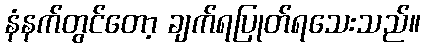
နံနက်တွင်တော့ ချက်ရပြုတ်ရသေးသည်။